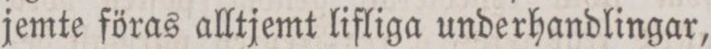
jemte föras alltjemt lifliga underhandlingar,